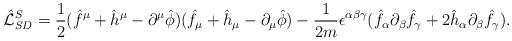
LaTeX: \begin{align*}\hat{\cal {L}}_{SD}^S=\frac{1}{2}(\hat f^\mu +\hat h^\mu -\partial^{\mu} \hat \phi )( \hat f_\mu +\hat h_\mu -\partial_{\mu}\hat\phi )-\frac{1}{2m}\epsilon^{\alpha\beta\gamma}(\hat f_{\alpha}\partial_{\beta}\hat f_{\gamma}+2\hat h_{\alpha}\partial_{\beta}\hat f_{\gamma}).\end{align*}